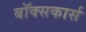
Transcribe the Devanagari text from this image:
बॉक्सकार्स